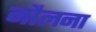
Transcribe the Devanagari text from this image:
नौलना